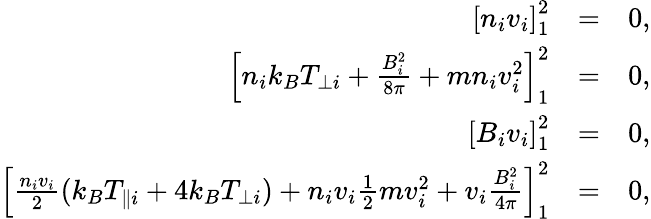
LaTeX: \begin{array}{rlr}{\left[n_{i}v_{i}\right]_{1}^{2}}&{=}&{0,}\\ {\left[n_{i}k_{B}T_{\perp i}+\frac{B_{i}^{2}}{8\pi}+mn_{i}v_{i}^{2}\right]_{1}^{2}}&{=}&{0,}\\ {\left[B_{i}v_{i}\right]_{1}^{2}}&{=}&{0,}\\ {\left[\frac{n_{i}v_{i}}{2}(k_{B}T_{\parallel i}+4k_{B}T_{\perp i})+n_{i}v_{i}\frac{1}{2}mv_{i}^{2}+v_{i}\frac{B_{i}^{2}}{4\pi}\right]_{1}^{2}}&{=}&{0,}\end{array}